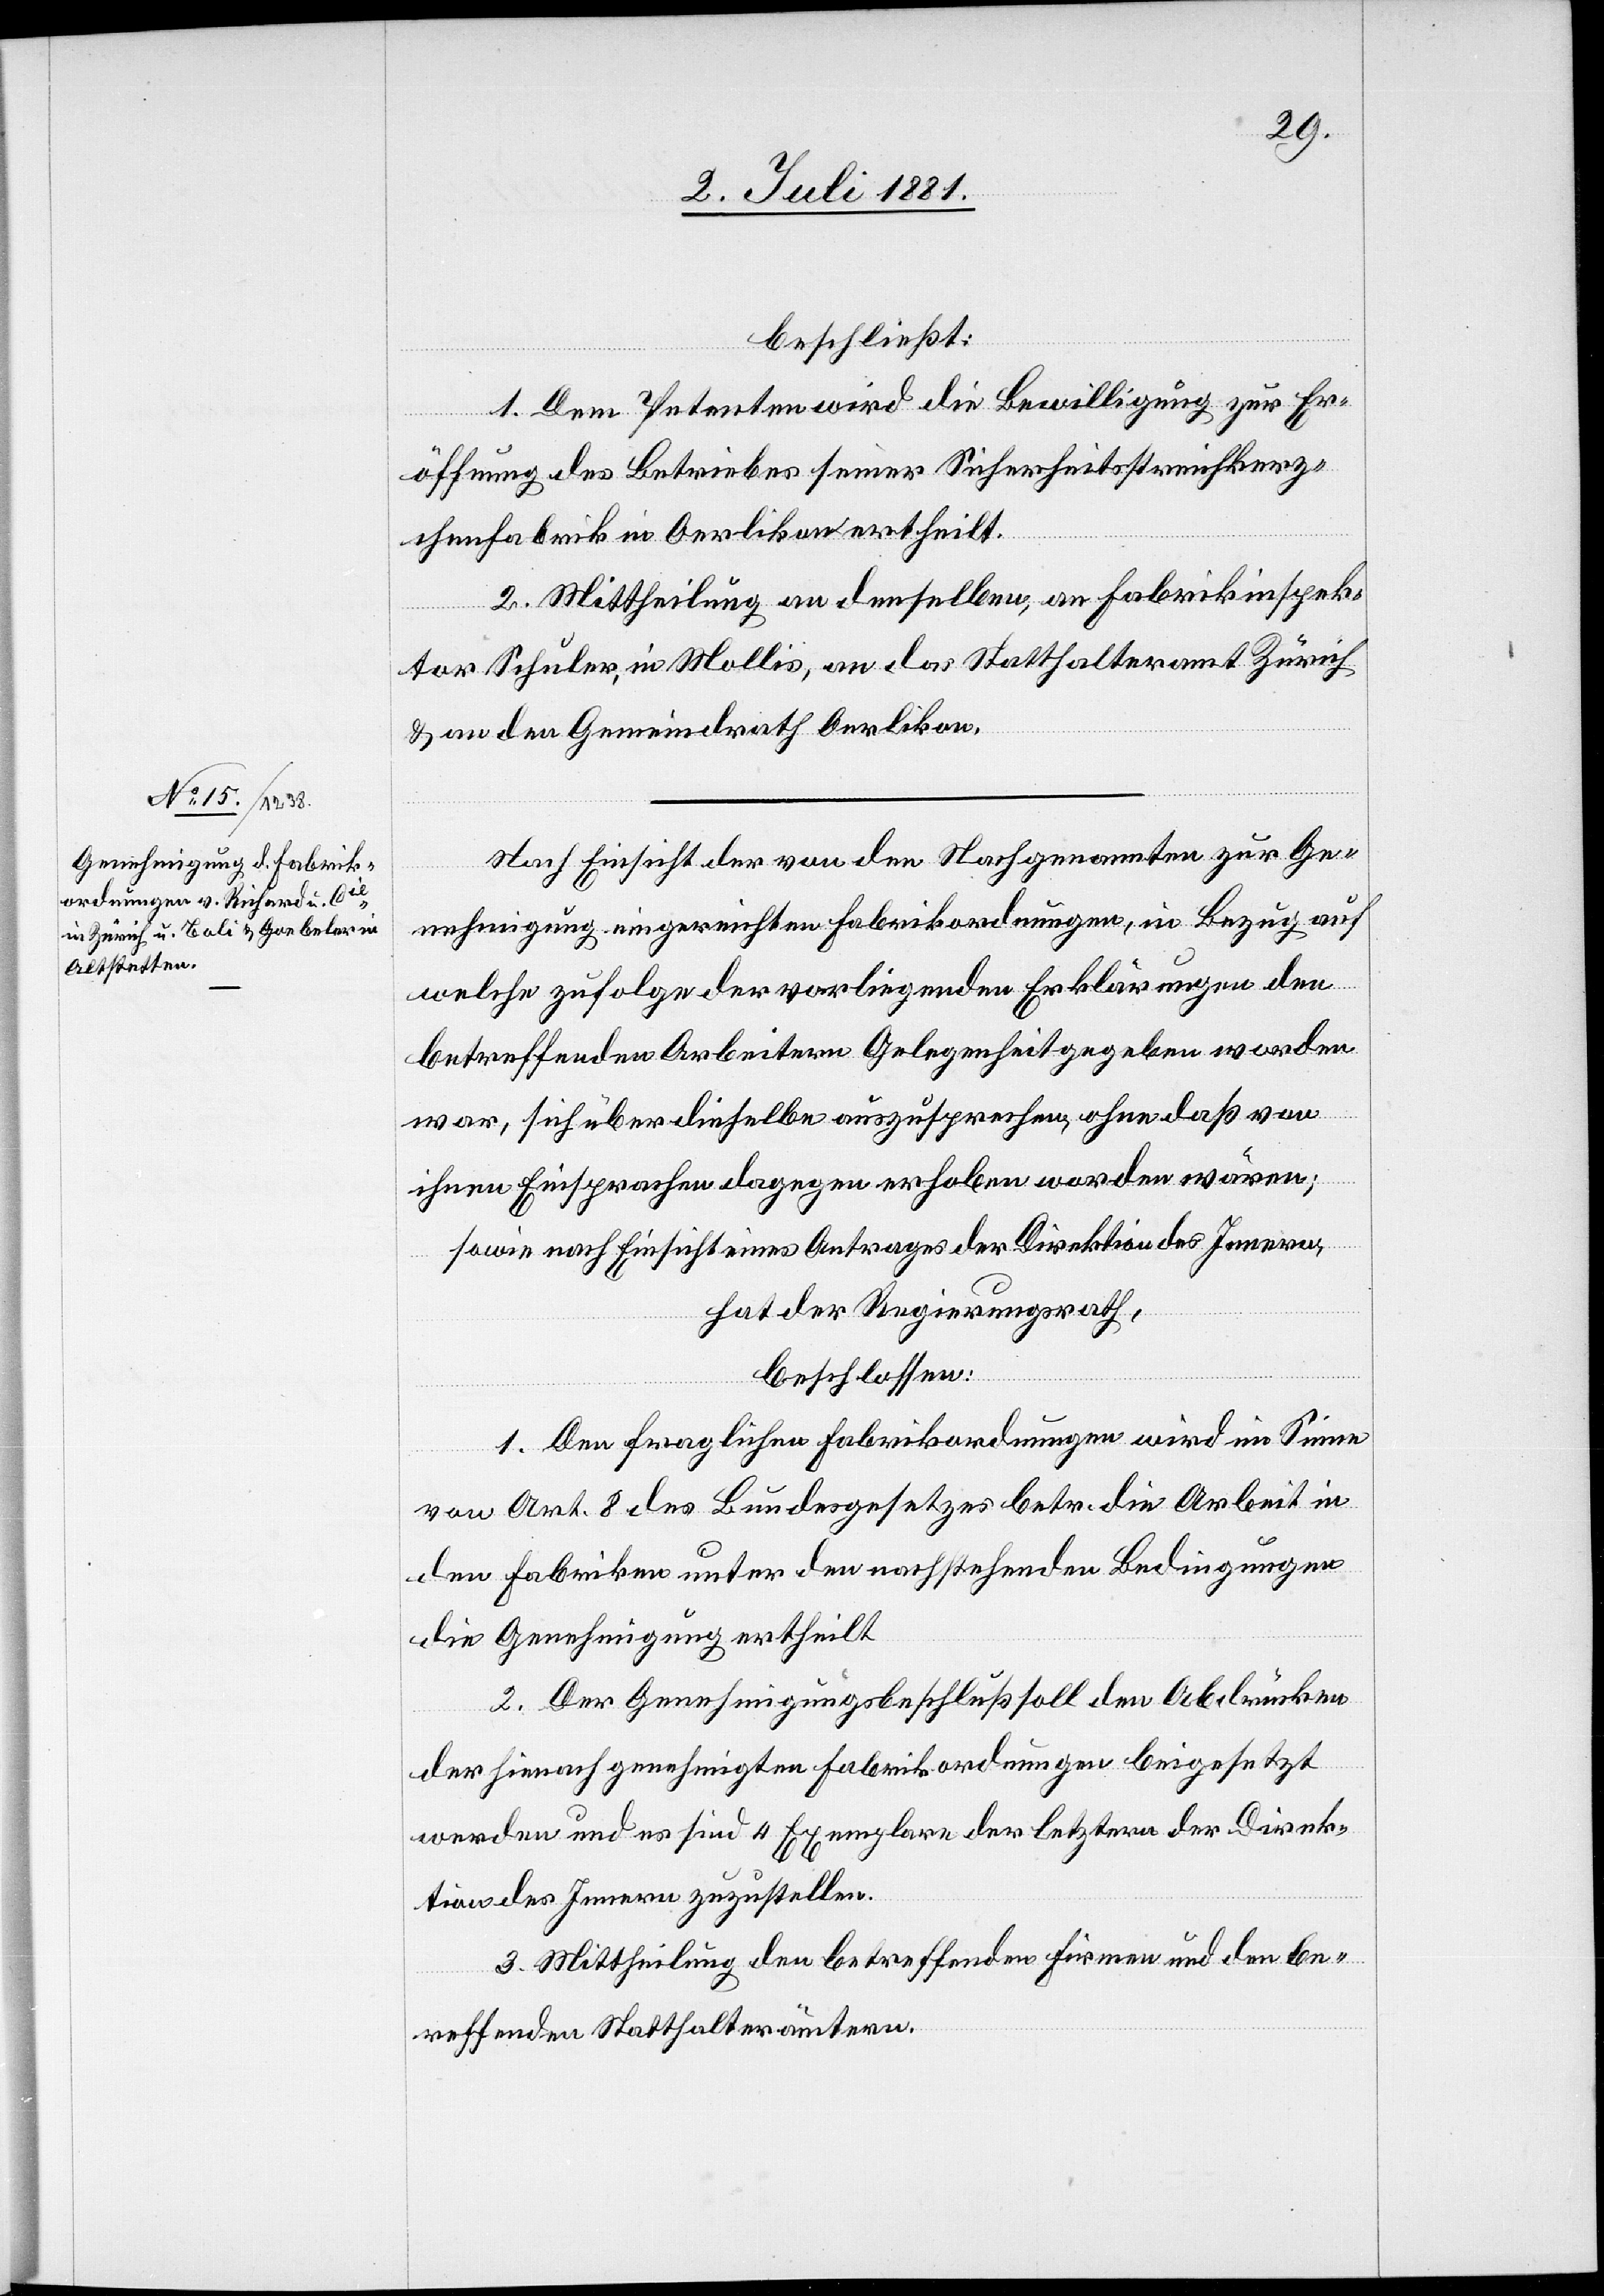
beschließt:
1. Dem Petenten wird die Bewilligung zur Er¬
öffnung des Betriebes seiner Sicherheitsstreichkerz¬
chenfabrik in Oerlikon ertheilt.
2. Mittheilung an denselben, an Fabrikinspek¬
tor Schuler, in Mollis, an das Statthalteramt Zürich
& an den Gemeindrath Oerlikon.
Nach Einsicht der von den Nachgenannten zur Ge¬
nehmigung eingereichten Fabrikordnungen, in Bezug auf
welche zufolge der vorliegenden Erklärungen den
betreffenden Arbeitern Gelegenheit gegeben worden
war, sich über dieselbe auszusprechen, ohne daß von
ihnen Einsprachen dagegen erhoben worden wären;
sowie nach Einsicht eines Antrages der Direktion des Innern,
hat der Regierungsrath,
beschlossen:
1. Den fraglichen Fabrikordnungen wird im Sinne
von Art. 8 des Bundesgesetzes betr. die Arbeit in
den Fabriken unter den nachstehenden Bedingungen
di Genehmigung ertheilt[.]
2. Der Genehmigungsbeschluß soll den Abdrücken
der hienach genehmigten Fabrikordnungen beigesetzt
werden und es sind 4 Exemplare der letztern der Direk¬
tion des Innern zuzustellen.
3. Mittheilung den betreffenden Firmen und den be[t]r¬
effenden Statthalterämtern.